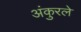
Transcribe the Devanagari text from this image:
अंकुरले